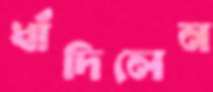
ধাঁদিলেন